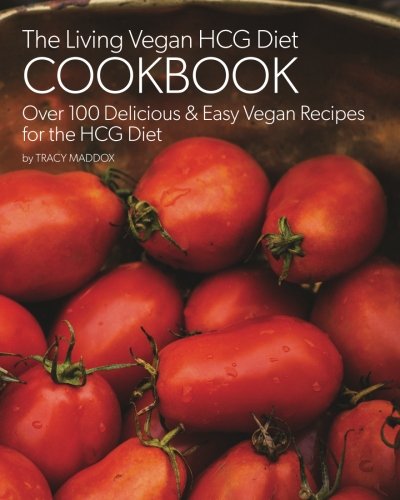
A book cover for The Living Vegan HCG Cookbook: Over 100 Delicious & Easy Vegan Recipes for the HCG Diet; Tracy Maddox; Health, Fitness & Dieting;